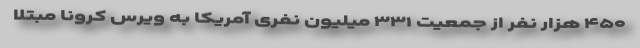
۴۵۰ هزار نفر از جمعیت ۳۳۱ میلیون نفری آمریکا به ویرس کرونا مبتلا